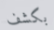
بكشف